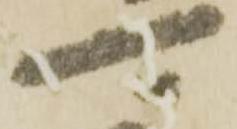
可